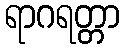
ရာဂရတ္တာ